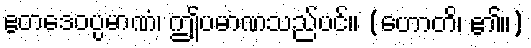
ဧတဒေဝပ္ပမာဏံ၊ ဤပမာဏသည်ပင်။ (ဟောတိ၊ ၏။)